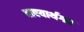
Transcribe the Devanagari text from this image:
वाक्यार्थगत